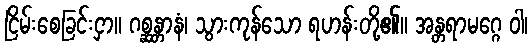
ငြိမ်းစေခြင်းငှာ။ ဂစ္ဆန္တာနံ၊ သွားကုန်သော ရဟန်းတို့၏။ အန္တရာမဂ္ဂေ ဝါ၊